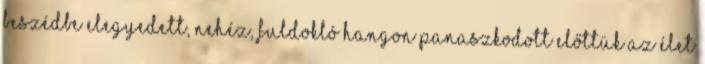
beszédbe elegyedett, nehéz, fuldokló hangon panaszkodott előttük az élet